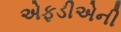
એફડીએની